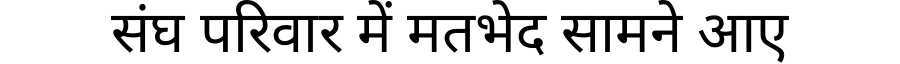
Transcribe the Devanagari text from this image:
संघ परिवार में मतभेद सामने आए